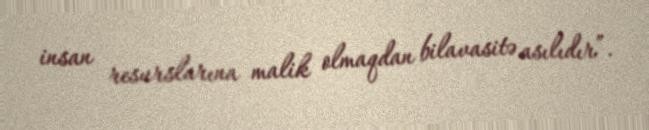
insan resurslarına malik olmaqdan bilavasitə asılıdır”.